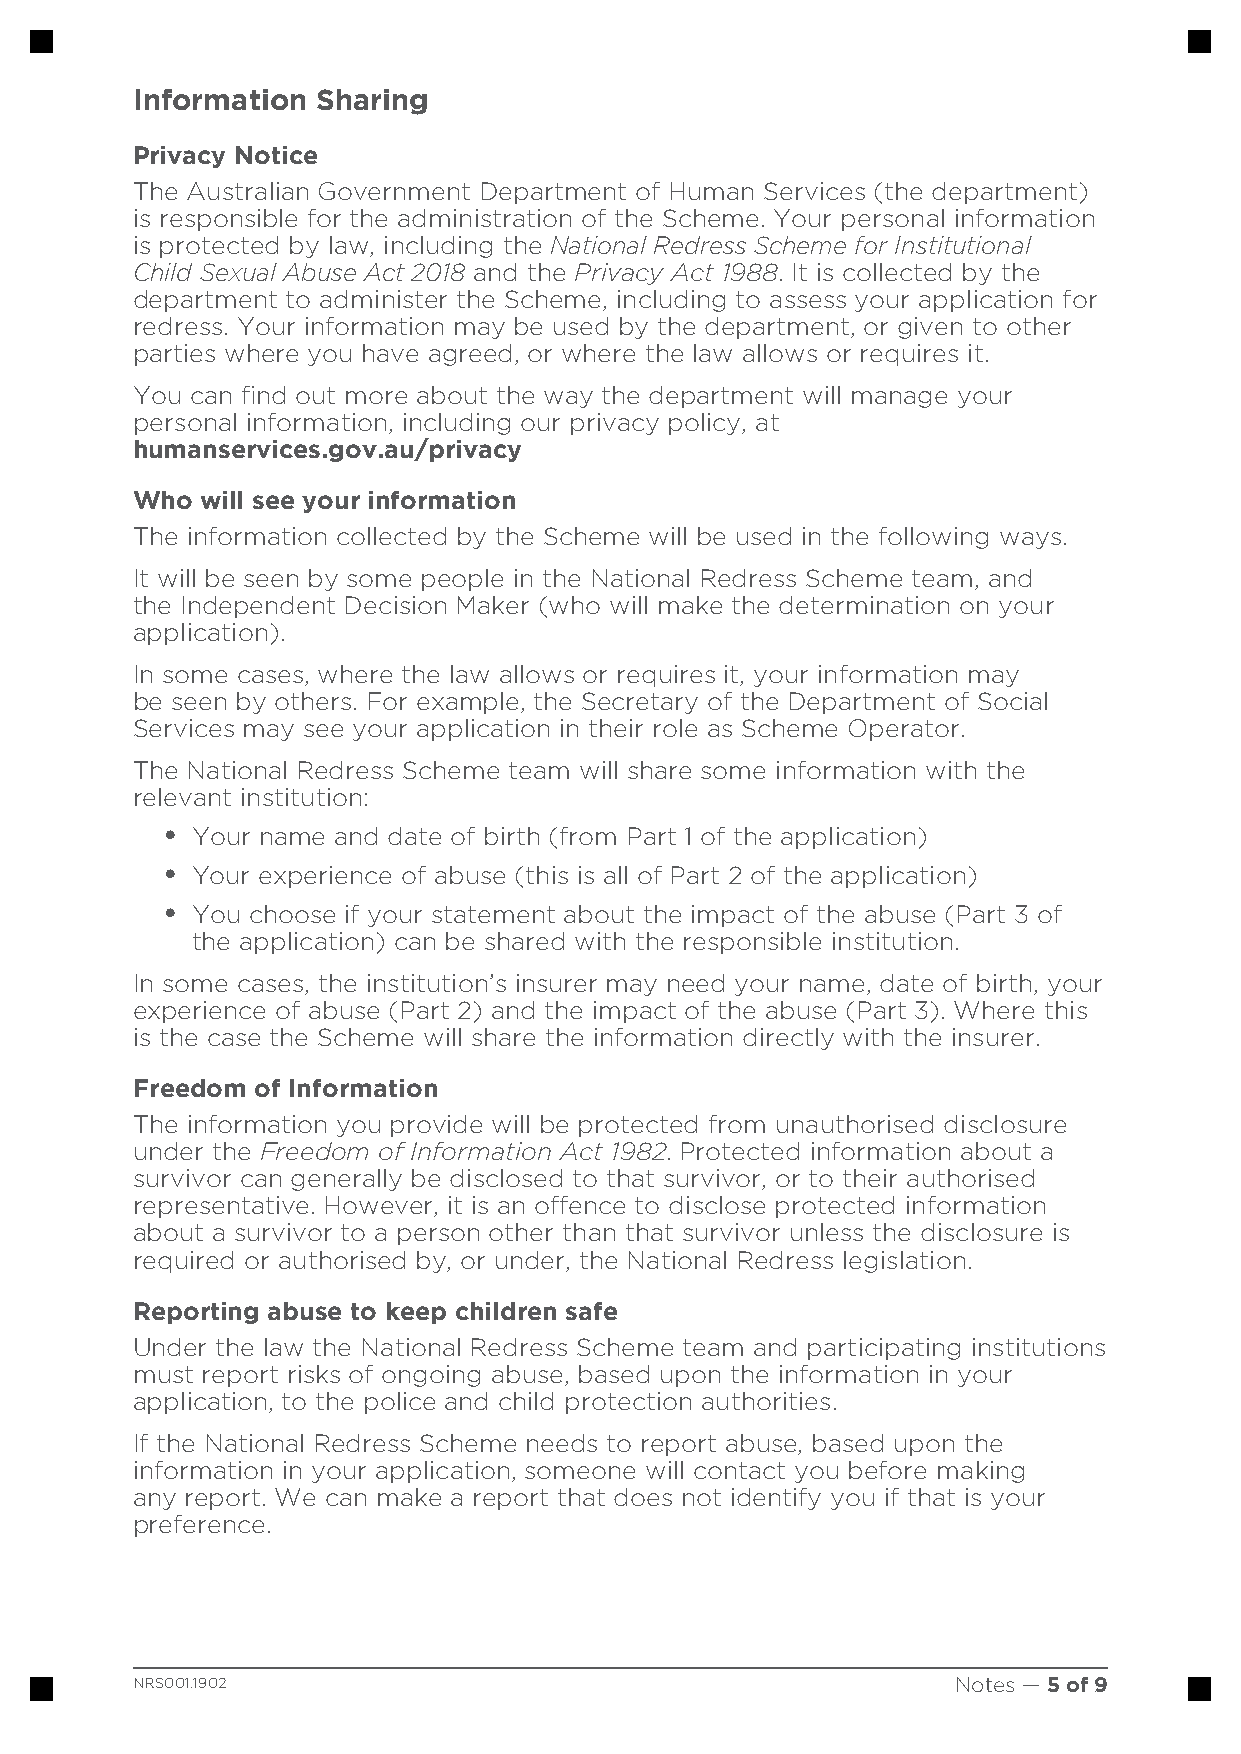
Information Sharing
 Privacy Notice
 The Australian Government Department of Human Services (the department)
 is responsible for the administration of the Scheme. Your personal information
 is protected by law, including the National Redress Scheme for Institutional
 Child Sexual Abuse Act 2018 and the Privacy Act 1988. It is collected by the
 department to administer the Scheme, including to assess your application for
 redress. Your information may be used by the department, or given to other
 parties where you have agreed, or where the law allows or requires it.
 You can find out more about the way the department will manage your
 personal information, including our privacy policy, at
 www.
 humanservices.gov.au/privacy
 Who will see your information
 The information collected by the Scheme will be used in the following ways.
 It will be seen by some people in the National Redress Scheme team, and
 the Independent Decision Maker (who will make the determination on your
 application).
 In some cases, where the law allows or requires it, your information may
 be seen by others. For example, the Secretary of the Department of Social
 Services may see your application in their role as Scheme Operator.
 The National Redress Scheme team will share some information with the
 relevant institution:
 • Your name and date of birth (from Part 1 of the application)
 • Your experience of abuse (this is all of Part 2 of the application)
 • You choose if your statement about the impact of the abuse (Part 3 of
 the application) can be shared with the responsible institution.
 In some cases, the institution’s insurer may need your name, date of birth, your
 experience of abuse (Part 2) and the impact of the abuse (Part 3). Where this
 is the case the Scheme will share the information directly with the insurer.
 Freedom of Information
 The information you provide will be protected from unauthorised disclosure
 under the Freedom of Information Act 1982. Protected information about a
 survivor can generally be disclosed to that survivor, or to their authorised
 representative. However, it is an offence to disclose protected information
 about a survivor to a person other than that survivor unless the disclosure is
 required or authorised by, or under, the National Redress legislation.
 Reporting abuse to keep children safe
 Under the law the National Redress Scheme team and participating institutions
 must report risks of ongoing abuse, based upon the information in your
 application, to the police and child protection authorities.
 If the National Redress Scheme needs to report abuse, based upon the
 information in your application, someone will contact you before making
 any report. We can make a report that does not identify you if that is your
 preference.
 NRS001.1902                                           Notes — 5 of 9